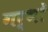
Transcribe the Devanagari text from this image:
गर्भों